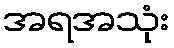
အရအသုံး